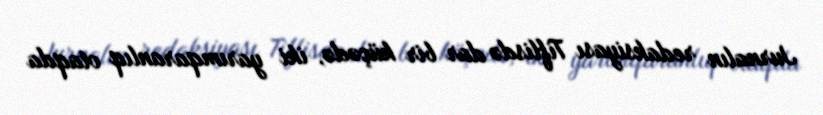
Jurnalın redaksiyası Tiflisdə dar bir küçədə, iki yarımqaranlıq otaqda